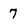
Character: 7